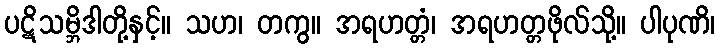
ပဋိသမ္ဘိဒါတို့နှင့်။ သဟ၊ တကွ။ အရဟတ္တံ၊ အရဟတ္တဖိုလ်သို့။ ပါပုဏိ၊